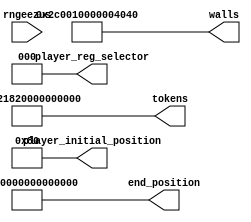
module level_one_rom_16 (
    input [1:0] rngeezus,
    output reg [63:0] player_initial_position,
    output reg [2:0] player_reg_selector,
    output reg [63:0] end_position,
    output reg [63:0] walls,
    output reg [63:0] tokens
  );
  
  
  
  always @* begin
    player_initial_position[0+7-:8] = 8'h80;
    player_initial_position[8+55-:56] = 56'h00000000000000;
    player_reg_selector = 3'h0;
    end_position[0+55-:56] = 56'h00000000000000;
    end_position[56+7-:8] = 8'h01;
    walls[0+7-:8] = 8'h40;
    walls[8+7-:8] = 8'h40;
    walls[16+7-:8] = 8'h00;
    walls[24+7-:8] = 8'h00;
    walls[32+7-:8] = 8'h00;
    walls[40+7-:8] = 8'h01;
    walls[48+7-:8] = 8'hc0;
    walls[56+7-:8] = 8'h02;
    tokens[0+7-:8] = 8'h00;
    tokens[8+7-:8] = 8'h00;
    tokens[16+7-:8] = 8'h00;
    tokens[24+7-:8] = 8'h00;
    tokens[32+7-:8] = 8'h00;
    tokens[40+7-:8] = 8'h82;
    tokens[48+7-:8] = 8'h21;
    tokens[56+7-:8] = 8'h80;
  end
endmodule